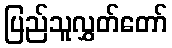
ပြည်သူလွှတ်တော်